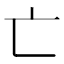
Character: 亡